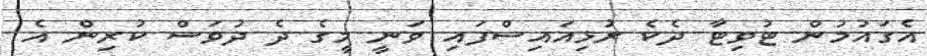
އެގައުމުން ޓުވިޓާ ދެކެ ރުޅިއައިސްފައި ވަނީ މީގެ ދެ ދުވަސް ކުރިން އެ